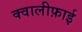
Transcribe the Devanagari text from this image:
क्वालीफ़ाई